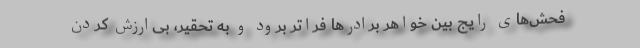
فحش‌های رایج بین خواهر برادرها فراتر برود و به تحقیر، بی‌ارزش کردن